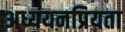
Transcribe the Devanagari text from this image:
अध्ययनप्रियता